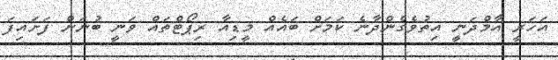
އަހަރީ އާމްދަނީ އިތުވެގެންދާނެ ކަމަށް ބައެއް މީޑިއާ ރިޕޯޓްތައް ވަނީ ބުނަން ފަށައިފަ